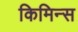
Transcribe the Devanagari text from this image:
किमिन्स